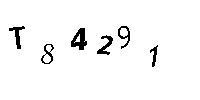
T84291